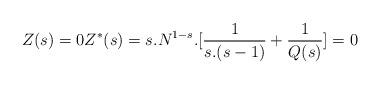
LaTeX: \begin{align*} Z(s)=0 Z^*(s)=s.N^{1-s}.[\frac{1}{s.(s-1)}+\frac{1}{Q(s)}]=0\end{align*}